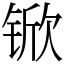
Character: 锨